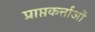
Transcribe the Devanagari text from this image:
प्राप्तकर्त्ताओं